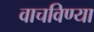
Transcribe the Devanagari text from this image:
वाचविण्या